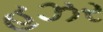
હઝર